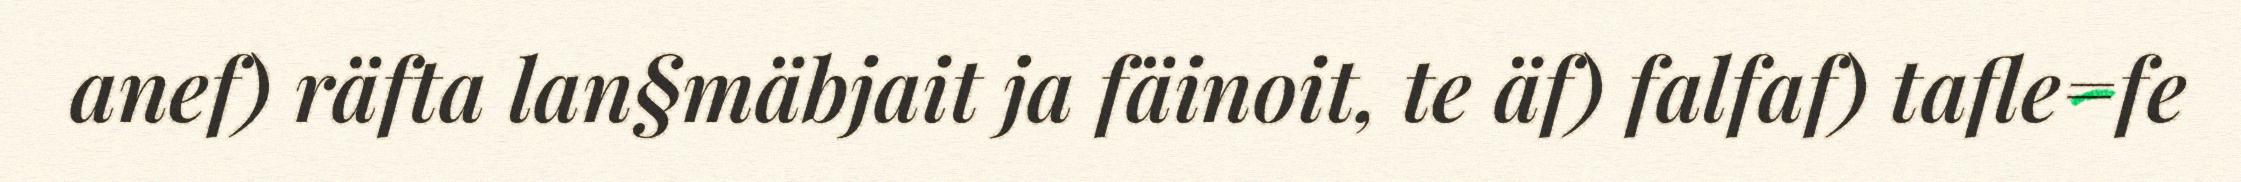
anef) räfta lan§mäbjait ja fäinoit, te äf) falfaf) tafle=fe